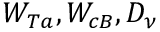
W _ { T a } , W _ { c B } , D _ { \nu }